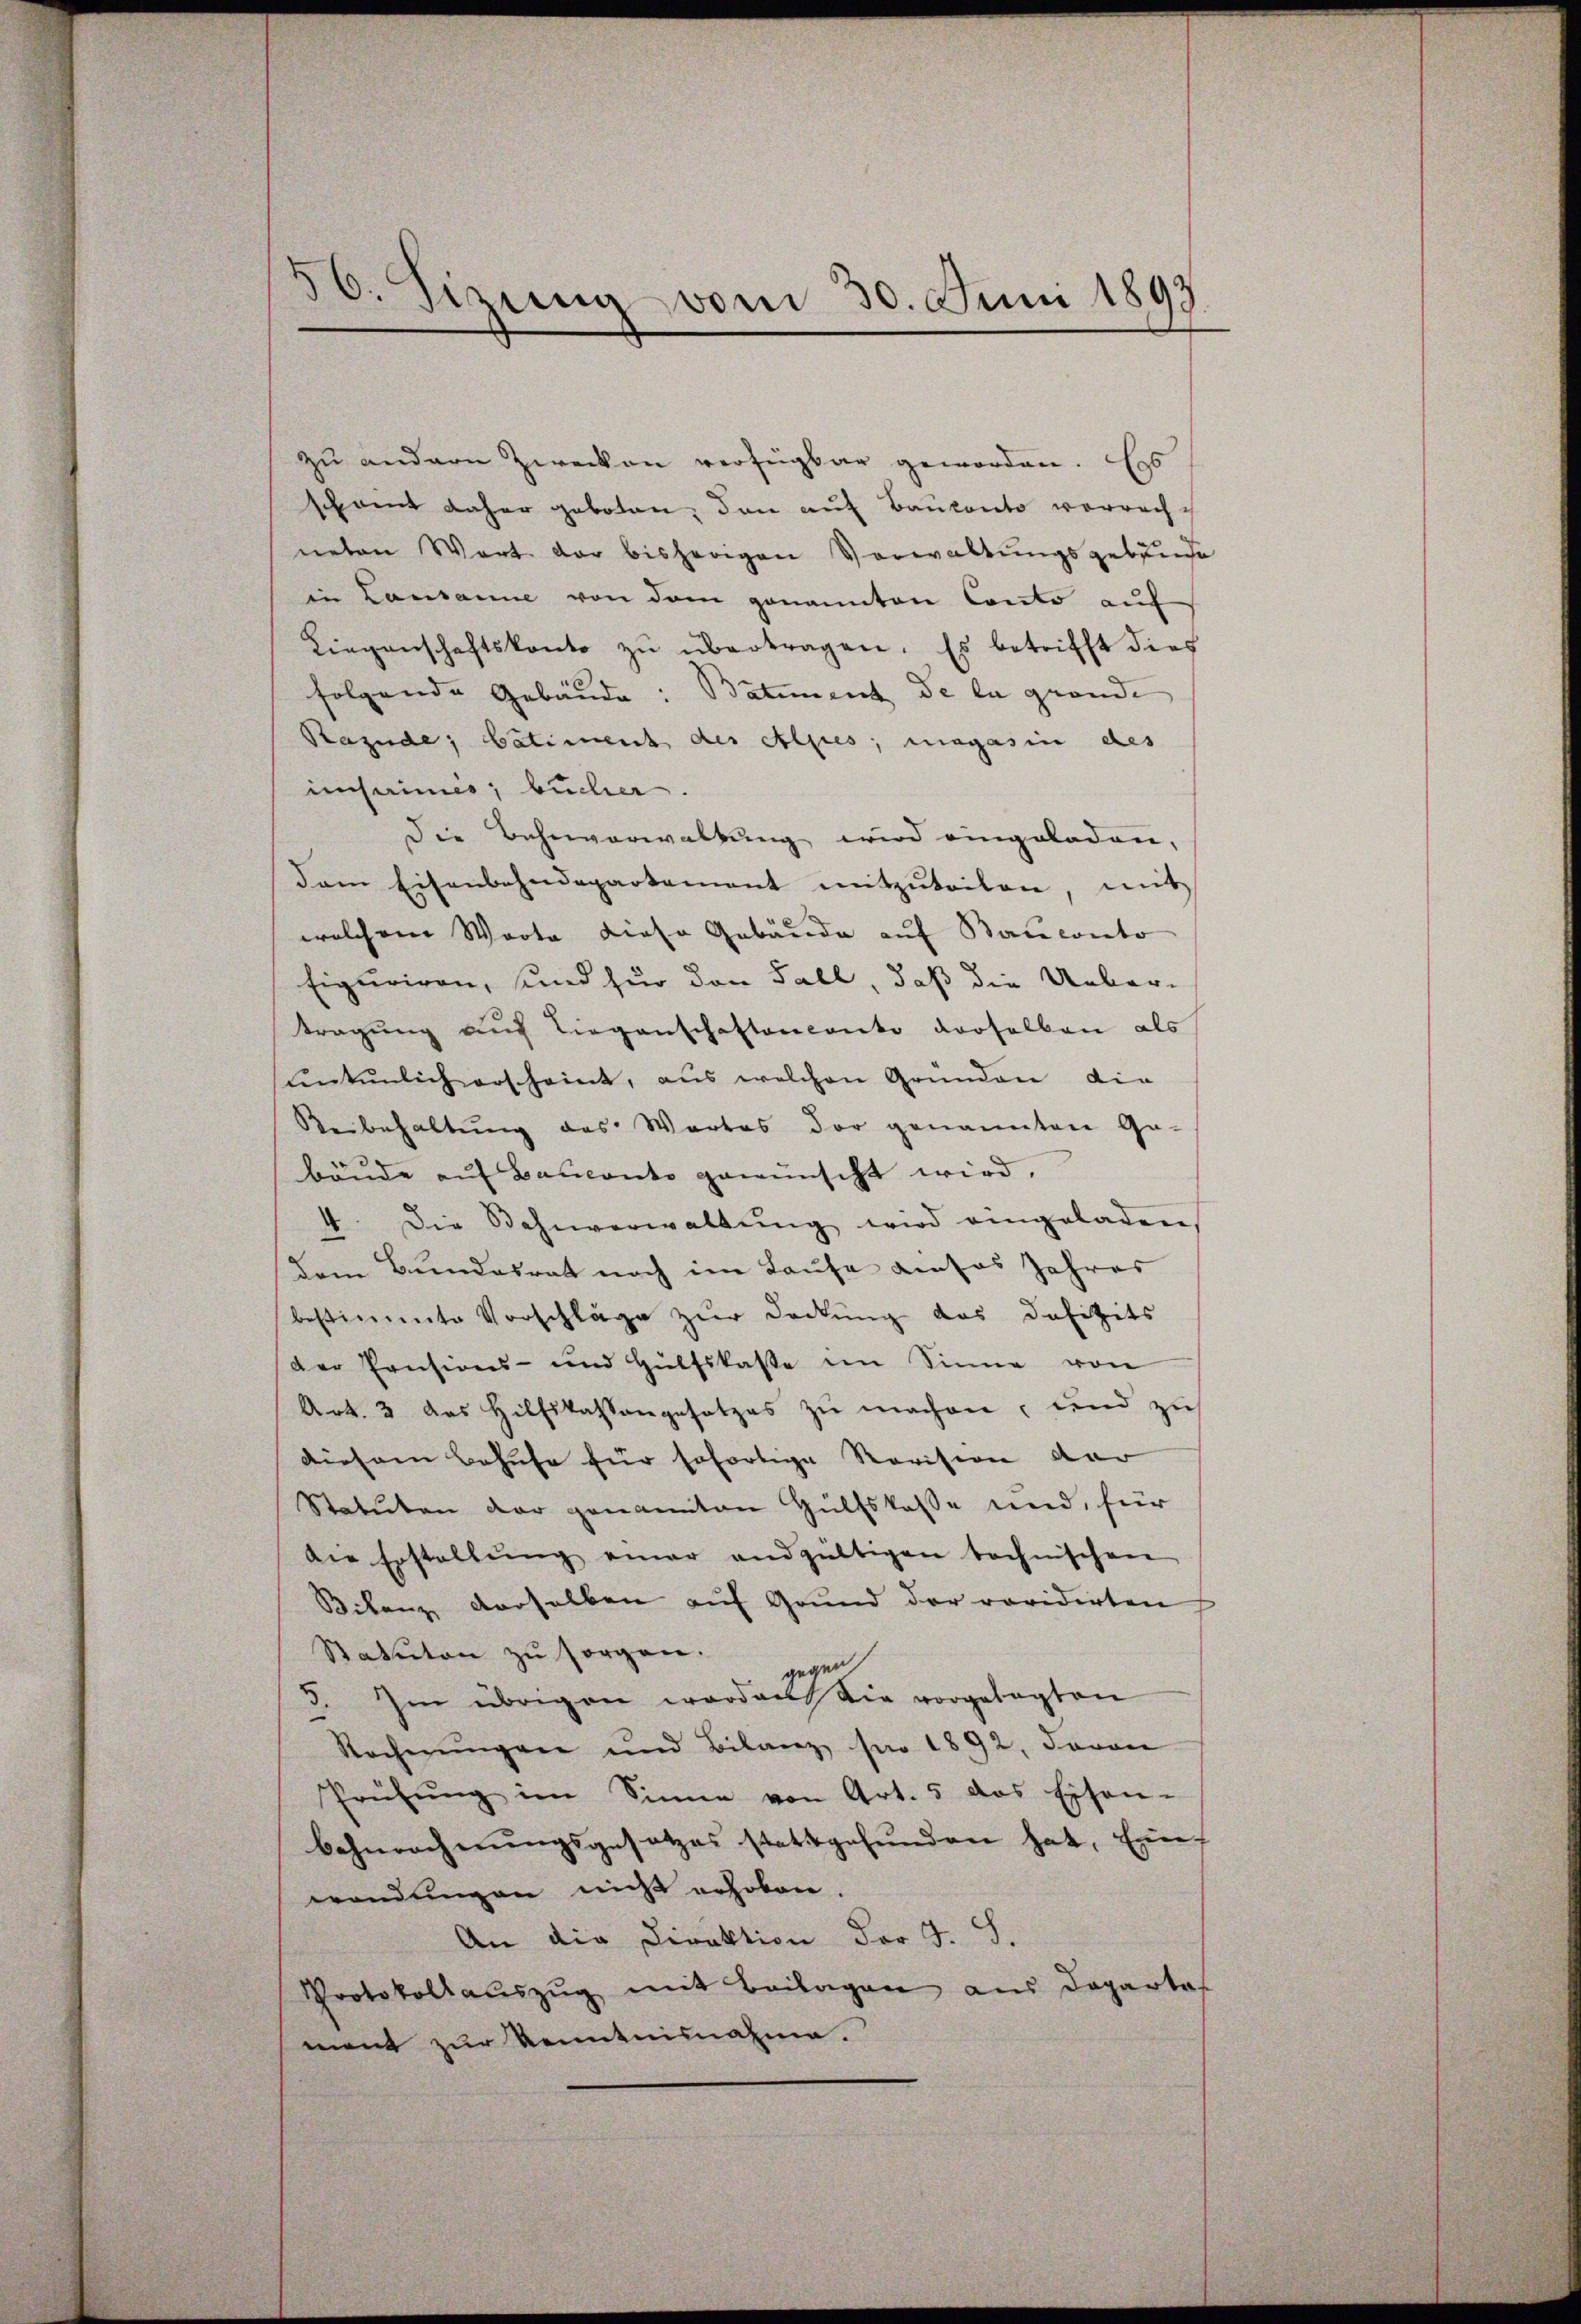
30. Sizung vom 30. Juni 1899

zu andern Zwecken verfügbar geworden. Es
Echamt daher geboten; dann auf Baukonto vorrach
neten Wort der bisherigen Vorwaltungsgebäude
in Lausanne von dem genannten Conto auf
Liegenschaftskonto zŭ übertragen. Es betrifft dies
folgende Gebäude: Batiment de in geände |
Razude; bâtiment des Alpes, magasin des
insames, bucher.
Die Bahnverwaltung wird eingeladen,
dam Eisenbahndepartement mitzŭteilen, mit
welchem Worte diese Gebäude auf Bauconto
Eiguriren, und für den Fall, daß die Uebertragung auf Liegenschaftenlanko derselben als
nntenlich erscheint, aus welchen Gründen die
Beibehaltung des Wartes der genannten Ge-
bäŭde auf Bauconto gewünscht wird,
4. Die Bahnverwaltŭng wird eingeladen,
d
dem Bundesrat noch im Laufe dieses Jahres
bestimmte Vorschläge zur Deckung das Defizits
der Pensions- und Hülfskasse im Sinne von
Art. 3 das Hilfskassengesetzes zŭ machen, und zu
diesem Behufe für sofortige Revision der
Statuten der genannten Hülfskasse und, für
die Erstellŭng einer andgültigen tochnischen
Bilanz derselben auf Grund der revidirten
Statuten zu sorgen.
gegen
3. Im übrigen worden die vorgelegten
Recherŭngen und Bilanz pro 1892, davon
Prüfŭng im Sinne von Art. 5 das Eisen-
behnrecherŭngsgesetzes stattgefŭnden hat, Ein
wendungen nicht erhoben.
An die Direktion der 4. S.
Protokollaŭszŭg mit Beilagen aus Departe
ment zur Kenntnisnahme.